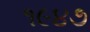
૧૯૪૭